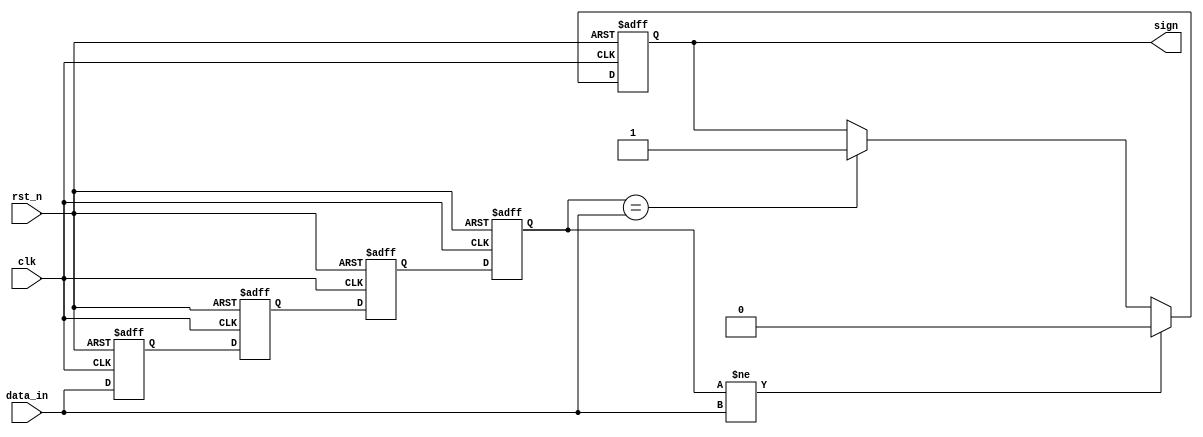
`timescale 1ns / 1ps
//////////////////////////////////////////////////////////////////////////////////
// Company: 
// Engineer: 
// 
// Design Name: 
// Module Name:    data 
// Project Name: 
// Target Devices: 
// Tool versions: 
// Description: 
//
// Dependencies: 
//
// Revision: 
// Revision 0.01 - File Created
// Additional Comments: 
//
//////////////////////////////////////////////////////////////////////////////////
module data(clk,rst_n,data_in,sign
    );
input clk;
input rst_n;
input [7:0] data_in;
output reg sign;

reg [7:0] datar0,datar1,datar2,datar3;


always@(posedge clk or negedge rst_n)
if(!rst_n)
begin
datar0<='b0;
datar1<='b0;
datar2<='b0;
datar3<='b0;
end
else begin
datar0<=data_in;
datar1<=datar0;
datar2<=datar1;
datar3<=datar2;
end

always@(posedge clk or negedge rst_n)
if(!rst_n)
sign<=0;
else if(datar3!=data_in)
sign<=0;
else if(datar3==data_in)
sign<=1;
else;

endmodule